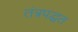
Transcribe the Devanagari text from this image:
तंत्रपद्धत